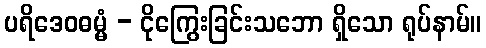
ပရိဒေဝဓမ္မံ - ငိုကြွေးခြင်းသဘော ရှိသော ရုပ်နာမ်။